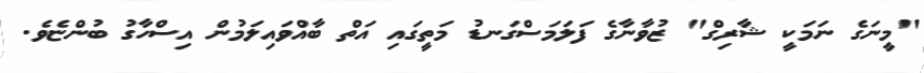
"މީނަގެ ނަމަކީ ޝާރިގް" ޒުވާނާގެ ފަލަމަސްގަނޑު މަތީގައި އަތް ބާއްވައިލަމުން އިސްހާގު ބުންޏެވެ.